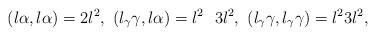
LaTeX: \begin{align*}(l\alpha,l\alpha)=2l^2,\ (l_\gamma\gamma,l\alpha)=l^2\ \ 3l^2,\ (l_\gamma\gamma,l_\gamma\gamma)=l^23l^2,\end{align*}